Annual report on the Civil Veterinary Department, Burma (including the Insein Veterinary School) - 1923-1931
Year: 1923
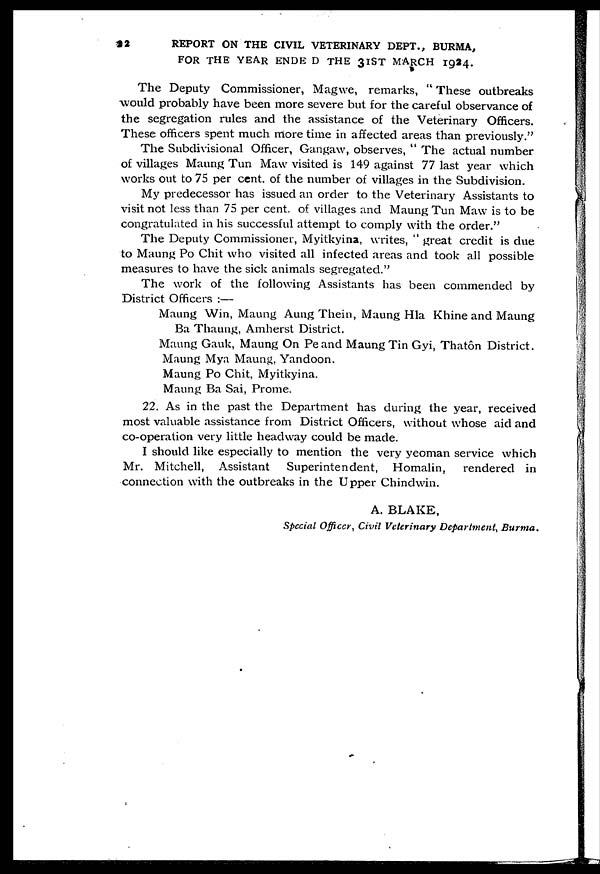
22
REPORT ON THE CIVIL VETERINARY DEPT., BURMA,
FOR THE YEAR ENDE D THE 31ST MARCH 1924.
The Deputy Commissioner, Magwe, remarks, " These outbreaks
would probably have been more severe but for the careful observance of
the segregation rules and the assistance of the Veterinary Officers.
These officers spent much more time in affected areas than previously."
The Subdivisional Officer, Gangaw, observes, " The actual number
of villages Maung Tun Maw visited is 149 against 77 last year which
works out to 75 per cent. of the number of villages in the Subdivision.
My predecessor has issued an order to the Veterinary Assistants to
visit not less than 75 per cent. of villages and Maung Tun Maw is to be
congratulated in his successful attempt to comply with the order."
The Deputy Commissioner, Myitkyina, writes, " great credit is due
to Maung Po Chit who visited all infected areas and took all possible
measures to have the sick animals segregated."
The work of the following Assistants has been commended by
District Officers :—
Maung Win, Maung Aung Thein, Maung Hla Khine and Maung
Ba Thaung, Amherst District.
Maung Gauk, Maung On Pe and Maung Tin Gyi, Thatôn District.
Maung Mya Maung, Yandoon.
Maung Po Chit, Myitkyina.
Maung Ba Sai, Prome.
22. As in the past the Department has during the year, received
most valuable assistance from District Officers, without whose aid and
co-operation very little headway could be made.
I should like especially to mention the very yeoman service which
Mr. Mitchell, Assistant
Superintendent, Homalin,
rendered in
connection with the outbreaks in the Upper Chindwin.
A. BLAKE,
Special Officer, Civil Veterinary Department, Burma.